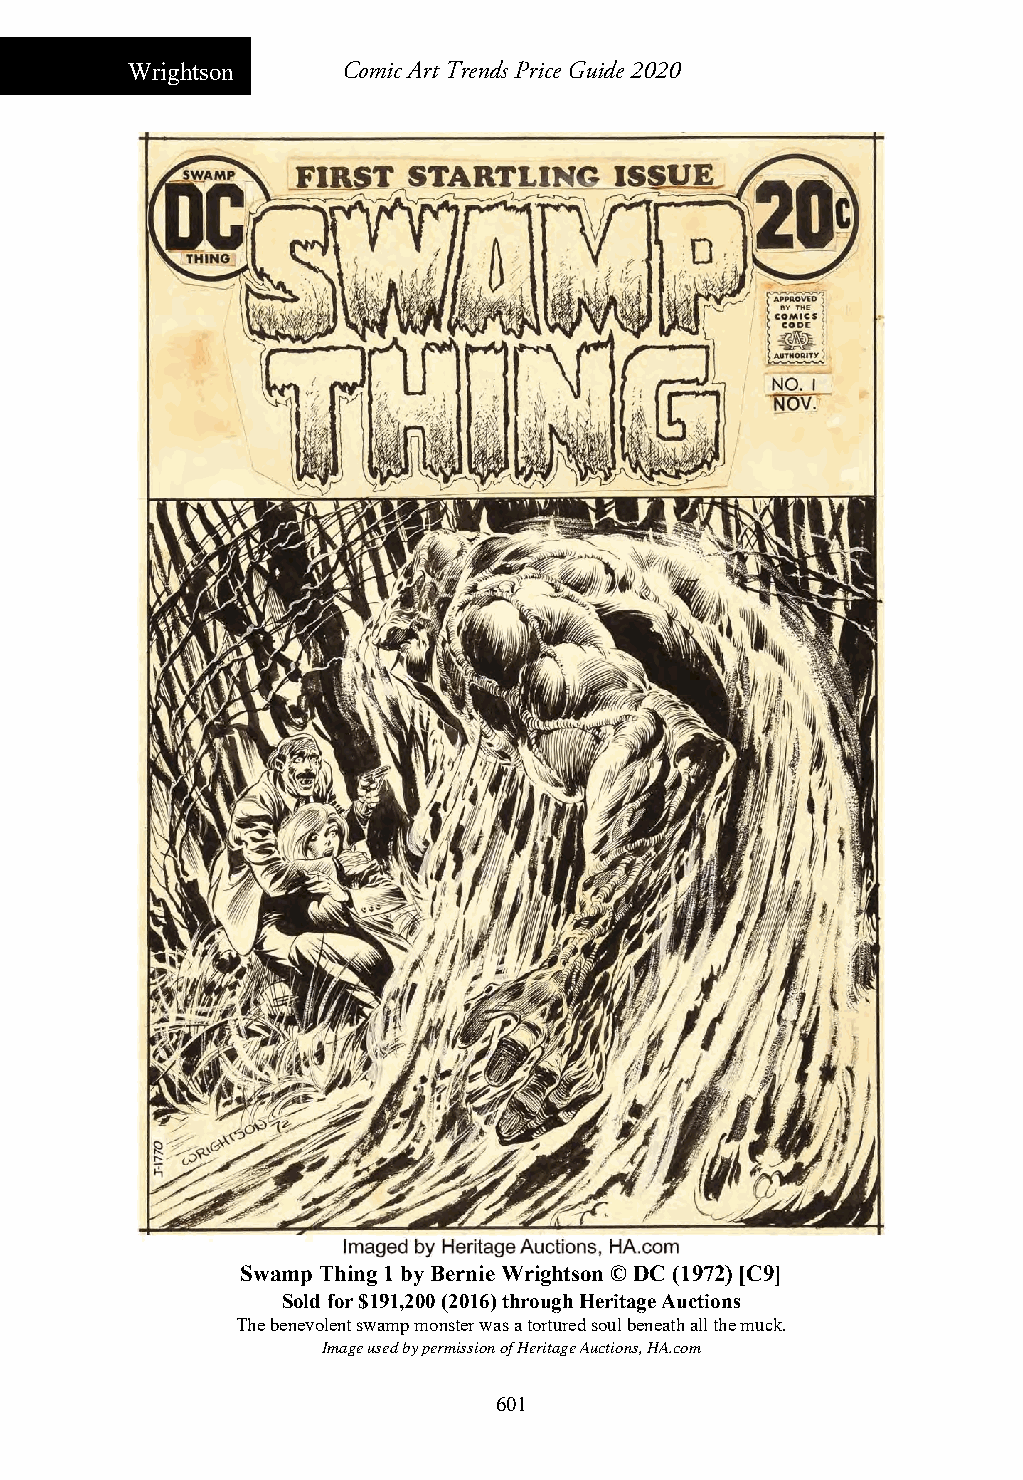
Wrightson      Comic Art Trends Price Guide 2020
 Swamp Thing 1 by Bernie Wrightson © DC (1972) [C9]
 Sold for $191,200 (2016) through Heritage Auctions
 The benevolent swamp monster was a tortured soul beneath all the muck.
 Image used by permission of Heritage Auctions, HA.com
 601